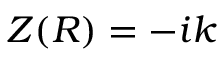
Z ( R ) = - i k